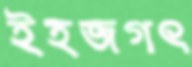
ইহজগৎ